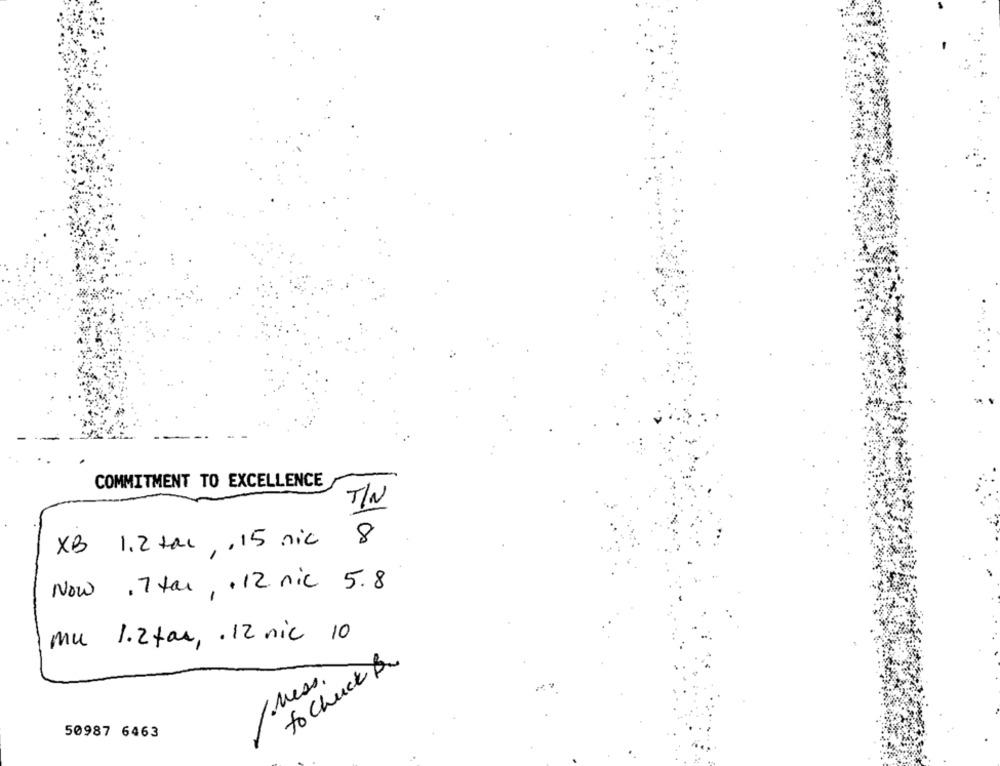
COMMITMENT TO EXCELLENCE
TIN
XB 1,2 tac , , 15 nic 8
Now , 7 tal, . 12 nic 5.8
mu 1.2 tar, . 12 nic 10
to Chuck &
/ Mess.
50987 6463